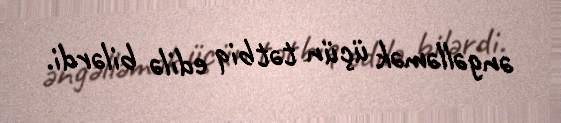
əngəlləmək üçün tətbiq edilə bilərdi.